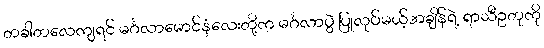
တခါတလေကျရင် မင်္ဂလာမောင်နှံလေးတို့က မင်္ဂလာပွဲ ပြုလုပ်မယ့်အချိန်ရဲ့ ရာသီဥတုကို